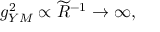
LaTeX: g _ { Y M } ^ { 2 } \propto \widetilde { R } ^ { - 1 } \to \infty ,